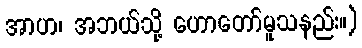
အာဟ၊ အဘယ်သို့ ဟောတော်မူသနည်း။)